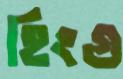
হিংগু